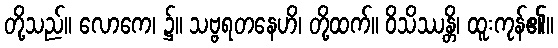
တို့သည်။ လောကေ၊ ၌။ သဗ္ဗရတနေဟိ၊ တို့ထက်။ ဝိသိဿန္တိ၊ ထူးကုန်၏။